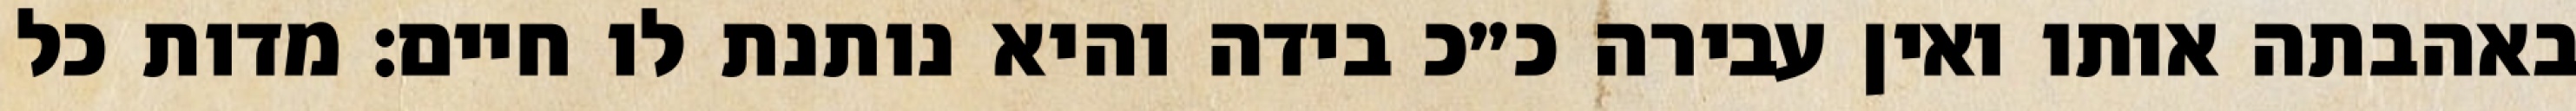
באהבתה אותו ואין עבירה כ״כ בידה והיא נותנת לו חיים: מדות כל